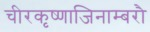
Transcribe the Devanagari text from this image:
चीरकृष्णाजिनाम्बरौ